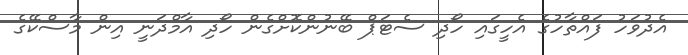
އެދުވަހު ފައްތާހުގެ އެހީގައި ހޯދި ސެޓަޕް ބޭނުންކޮށްގެން ހޯދި އާމްދަނީ އިން މާސްކޭގެ